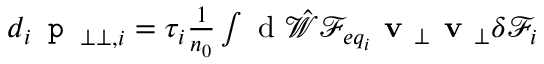
\begin{array} { r } { d _ { i } \texttt { p } _ { \perp \perp , i } = \tau _ { i } \frac { 1 } { n _ { 0 } } \int \mathrm { ~ d ~ } \hat { \mathcal { W } } { \mathcal F } _ { e q _ { i } } \textbf { v } _ { \perp } \textbf { v } _ { \perp } \delta { \mathcal F } _ { i } } \end{array}